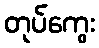
တုပ်ကွေး